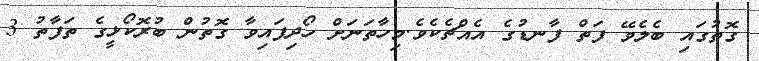
ގޮތުގައި ބެލެވޭ ފަތް ފާނޑުގެ އެއްޗެކެވެ.މިހާތަނަށް ހޯދިފައިވާ ގޮތުން ބުރޮކޯޅީގެ ތަފާތު 3